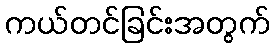
ကယ်တင်ခြင်းအတွက်